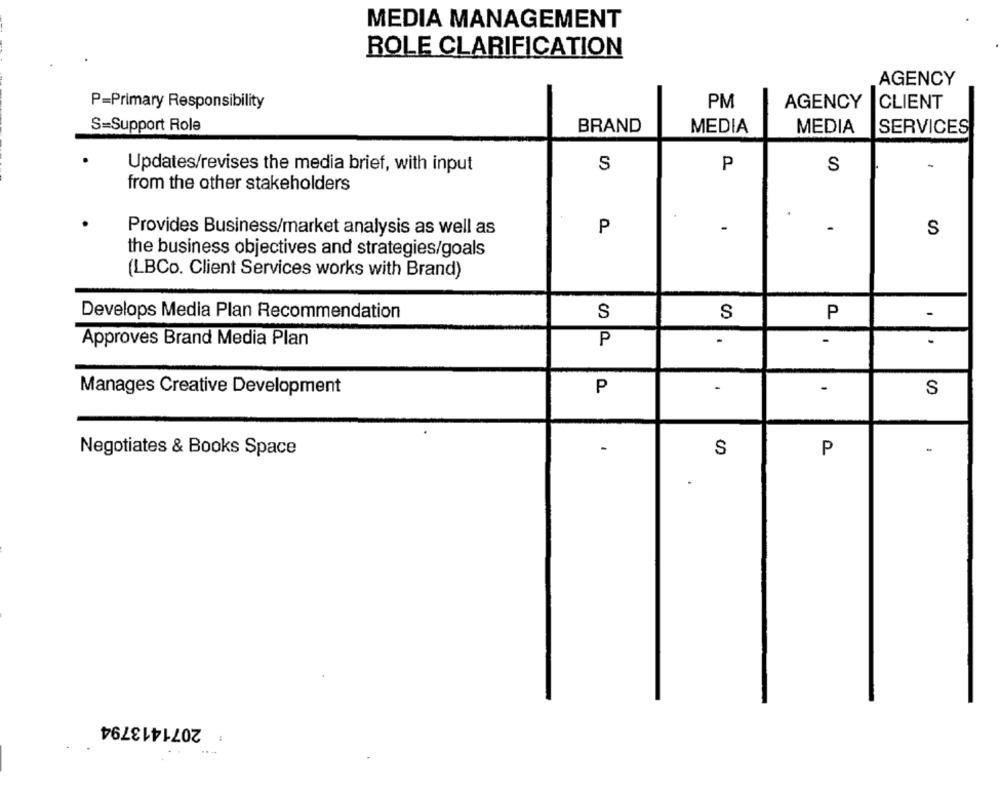
MEDIA MANAGEMENT
ROLE CLARIFICATION
AGENCY
PM
P=Primary Responsibility
AGENCY
CLIENT
S=Support Role
BRAND
MEDIA
MEDIA
SERVICES
S
P
-
Updates/revises the media brief, with input
S
from the other stakeholders
P
-
Provides Business/market analysis as well as
S
the business objectives and strategies/goals
(LBCo. Client Services works with Brand)
Develops Media Plan Recommendation
S
S
P
-
P
.
-
-
Approves Brand Media Plan
P
-
Manages Creative Development
S
Negotiates & Books Space
-
S
P
2071413794